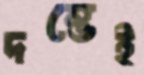
দম্ভেই